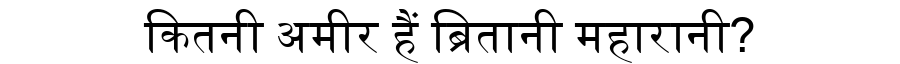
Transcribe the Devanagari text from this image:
कितनी अमीर हैं ब्रितानी महारानी?